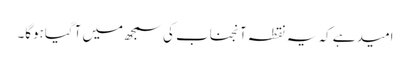
امید ہے کہ یہ نقطہ آنجناب کی سمجھ میں آگیاہوگا۔